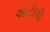
આટોળી